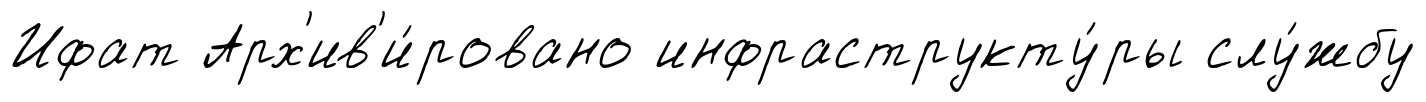
Ифат Арх'ив'и́ровано инфраструкту́ры слу́жбу